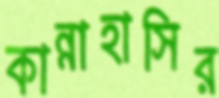
কান্নাহাসির